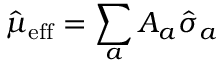
\hat { \mu } _ { \mathrm { e f f } } = \sum _ { a } A _ { a } \hat { \sigma } _ { a }